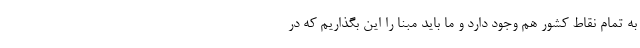
به تمام نقاط کشور هم وجود دارد و ما باید مبنا را این بگذاریم که در